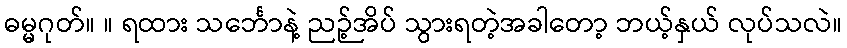
ဓမ္မဂုတ်။ ။ ရထား သင်္ဘောနဲ့ ညဉ့်အိပ် သွားရတဲ့အခါတော့ ဘယ့်နှယ် လုပ်သလဲ။